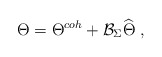
\begin{align*}\Theta =\Theta ^{coh}+\mathcal{B}_\Sigma \widehat{\Theta }\;,\end{align*}